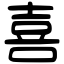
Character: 喜